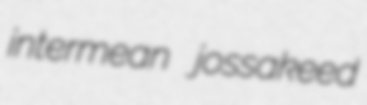
intermean jossakeed